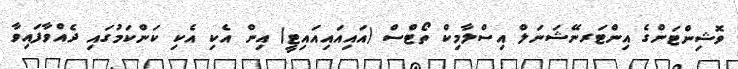
ވޮޝިންޓަންގެ އިންޓަރނޭޝަނަލް އިސްލާމިކް ތޯޓްސް (އައިއައިއައިޓީ) އިން އެކި އެކި ކަންކަމުގައި ދެއްވާފައިވާ